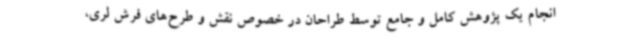
انجام یک پژوهش کامل و جامع توسط طراحان در خصوص نقش و طرح‌های فرش لری،